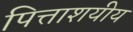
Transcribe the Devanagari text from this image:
पित्ताशयीय